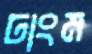
ঢাংম